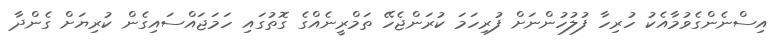
އިސްނެންގެވުމާއެކު ހުރިހާ ފުލުހުންނަށް ފުރިހަމަ ކުރަންޖެހޭ ތަމްރީނެއްގެ ގޮތުގައި ހަމަޖައްސައިގެން ކުރިޔަށް ގެންދާ